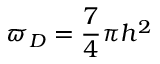
\varpi _ { D } = \frac { 7 } { 4 } \pi h ^ { 2 }